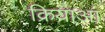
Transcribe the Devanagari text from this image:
क्रियाआं